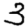
Digit: 3